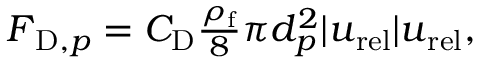
\begin{array} { r } { \boldsymbol { F } _ { \mathrm { D } , p } = C _ { \mathrm { D } } \frac { \rho _ { \mathrm { f } } } { 8 } \pi d _ { p } ^ { 2 } | \boldsymbol { u } _ { \mathrm { r e l } } | \boldsymbol { u } _ { \mathrm { r e l } } , } \end{array}